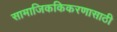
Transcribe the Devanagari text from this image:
सामाजिककिकरणासाठी